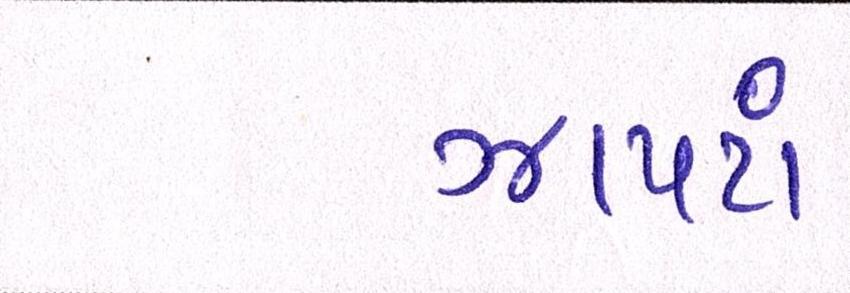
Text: ઝાપટાં